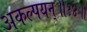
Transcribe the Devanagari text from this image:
अकल्पयन्॥१४॥